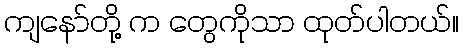
ကျနော်တို့ က တွေကိုသာ ထုတ်ပါတယ်။